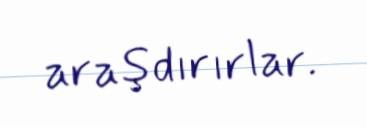
araşdırırlar.